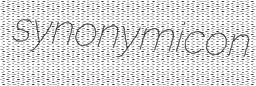
synonymicon